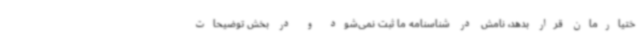
ختیارمان قرار بدهد، نامش در شناسنامه ما ثبت نمی‌شود و در بخش توضیحات